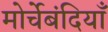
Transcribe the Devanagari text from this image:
मोर्चेबंदियाँ